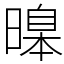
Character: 𣊊